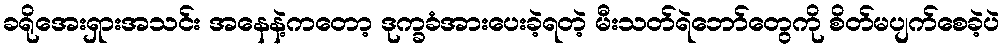
ခရိုအေးရှားအသင်း အနေနဲ့ကတော့ ဒုက္ခခံအားပေးခဲ့ရတဲ့ မီးသတ်ရဲဘော်တွေကို စိတ်မပျက်စေခဲ့ပဲ